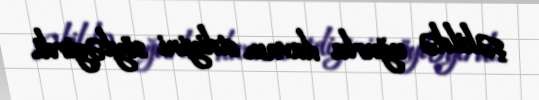
şəkildə uğurla davam etdiyini söyləyirdi.